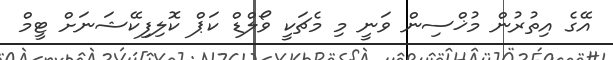
އޭގެ އިތުރުން މުޚްސިން ވަނީ މި މެޗަކީ ވޯލްޑް ކަޕް ކޮލިފިކޭޝަނަށް ޓީމް